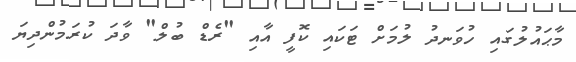
މާޙައުލުގައި ހުވަނދު ލުމަށް ޓަކައި ކޮފީ އާއި "ރެޑް ބުލް" ވާދަ ކުރަމުންދިޔަ